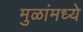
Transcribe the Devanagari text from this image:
मुळांमध्ये